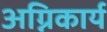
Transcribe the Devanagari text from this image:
अग्निकार्य